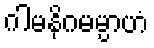
ဂါမနိဂမမ္ပာဟံ